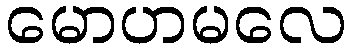
မောဟမလေ